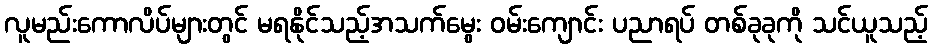
လူမည်းကောလိပ်များတွင် မရနိုင်သည့်အသက်မွေး ဝမ်းကျောင်း ပညာရပ် တစ်ခုခုကို သင်ယူသည့်